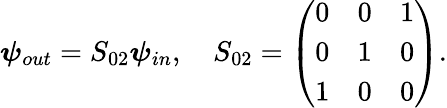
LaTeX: \begin{array}{r}{\boldsymbol{\psi}_{out}=S_{02}\boldsymbol{\psi}_{in},\quad S_{02}=\left(\begin{array}{cccc}{0}&{0}&{1}\\ {0}&{1}&{0}\\ {1}&{0}&{0}\end{array}\right).}\end{array}